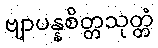
ဗျာပန္နစိတ္တသုတ္တံ